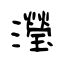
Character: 瀅